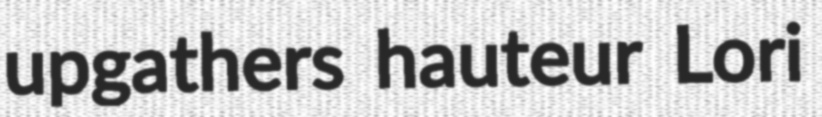
upgathers hauteur Lori